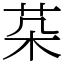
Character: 䒳